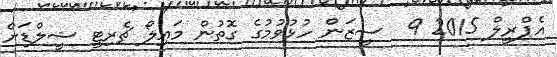
އެޕްރީލް 2015 9  ސީޒަން ހުޅުވުމުގެ ގޮތުން މައިލޯ ޗެރިޓީ ޝީލްޑަށް